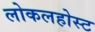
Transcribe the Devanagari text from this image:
लोकलहोस्ट